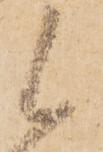
候